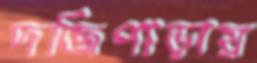
দর্জিপাড়ায়